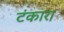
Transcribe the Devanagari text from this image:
टंकार।